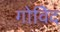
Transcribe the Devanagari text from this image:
गोविेंद